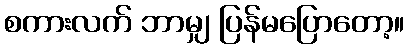
စကားလက် ဘာမျှ ပြန်မပြောတော့။